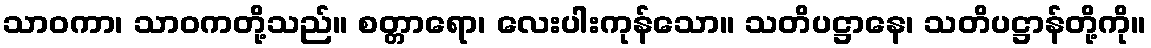
သာဝကာ၊ သာဝကတို့သည်။ စတ္တာရော၊ လေးပါးကုန်သော။ သတိပဋ္ဌာနေ၊ သတိပဋ္ဌာန်တို့ကို။